Scottish Leaving Certificate Examination, 1953
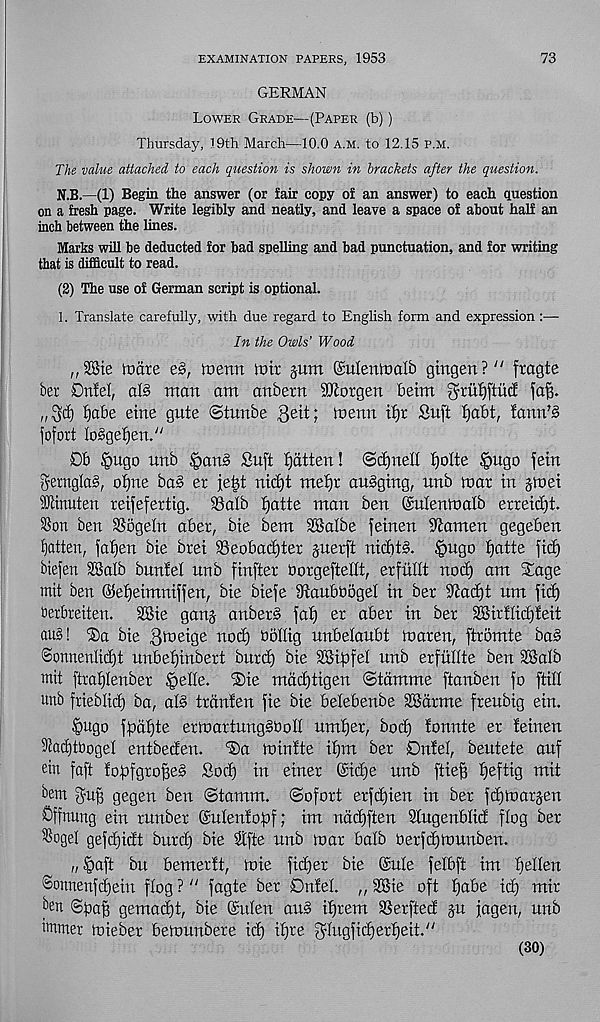
EXAMINATION PAPERS, 1953
73
GERMAN
Lower Grade—(Paper (b))
Thursday, 19th March—10.0 a.m. to 12.15 p.m.
The value attached to each question is shown in brackets after the question.
N.B.—(1) Begin the answer (or fair copy of an answer) to each question
on a fresh page. Write legibly and neatly, and leave a space of about half an
inch between the lines.
Marks will be deducted for bad spelling and bad punctuation, and for writing
that is difficult to read.
(2) The use of German script is optional.
1. Translate carefully, with due regard to English form and expression :—
In the Owls’ Wood
,, S8ie tuare e§, toenn loir jitm ©ulentoalb gtngen?" fragte
ber Onfel, als mart am artbern SKorgen beim $ruf)ftucl fafs.
„3d) fjabe eine gate ©tunbe gett; toenn tl)r Su(t fjabt, fann'3
jofort Io§gef)em ;/
Db §ugo unb §an§ Suft fatten! ©cijnefl I)olte §ugo fern
gernglaS, ofjne ba§ er je^t md)t mefjr au§gmg, itrtb mar in jmet
TOnuten reifefertig. 58alb t)atte man ben Qsulenmalb erreid)t.
58on ben 58ogeIn aber, bte bem SBalbe feinen Seamen gegeben
fatten, fallen bte bret 58eobad)ter gnerft nid)t§. §ngo tjatte fid)
biefen SB alb bun! el nnb finfter borgeftellt, erfitlft nod) am Sage
mit ben ©elfeimntffen, bte biefe 9ftanbboge! in ber Sftadjt um fid)
betbreiten.
SBie gang anbers fa!) er aber in ber SBirflidjfeit
au§! Sa bie B^eige nod) bollig nnbelaubt maren, ftromte ba§
Sonnenlidjt unbefjinbert burd) bie SBipfel nnb erfitllte ben SBalb
mit ftraljlenber §elle. ®ie mdd)tigen ©tdmme ftanben fo ftil!
unb frieblid) ba, als trdnlen fie bie belebenbe SBctrme freubig ein.
§ugo fpafjte ermartung§boII umtjer, bod) fonnte er feinen
9iad)tt)oge! entbeden. Sa minfte ifjm ber Dnfel, beutete anf
ein faft fopfgrofieS Sod) in einer (Sidje unb ftieff f)eftig mit
bem Auff gegen ben ©tamm. ©ofort erfdjien in ber fdjmarjen
Sffnung ein runber ©ulenfopf; im ndd)ften Stugenblid flog ber
$ogeI gefdjidt burd) bie Bifte unb mar balb Oerfdjmunben.
,, §aft bu bemerft, mie fidjer bie @u!e felbft im fiellen
Sonnenfdjein flog ? 11 fagte ber Onfel. n SBie oft f)abe id) mir
^n ©paff gemadjt, bie @n!en atm if)rem SSerfted ju fagen, unb
unmer mieber bemunbere id) ifjre ^tugfidjerfieit.''
(30)